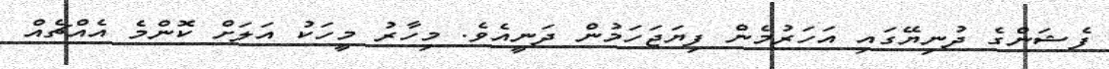
ފެޝަންގެ ދުނިޔޭގައި އަހަރުމެން ފިޔަޖަހަމުން ދަނީއެވެ. މިހާރު މީހަކު އަލަށް ކޮންމެ އެއްޗެއް